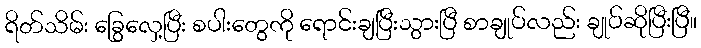
ရိတ်သိမ်း ခြွေလှေ့ပြီး စပါးတွေကို ရောင်းချပြီးသွားပြီ စာချုပ်လည်း ချုပ်ဆိုပြီးပြီ။